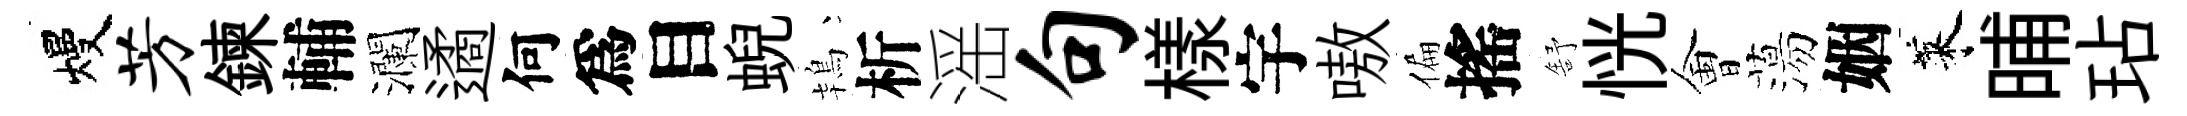
熳芳鍊輔瀾遹何爲目蜺鴇析滛句樣宇嗷偏搖舒恍㑹蕩姻萊晡玷